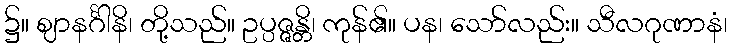
၌။ ဈာနင်္ဂါနိ၊ တို့သည်။ ဥပ္ပဇ္ဇန္တိ၊ ကုန်၏။ ပန၊ သော်လည်း။ သီလဂုဏာနံ၊